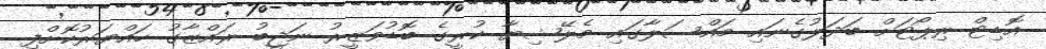
އޮޑިޓް ރިޕޯޓަށް ބަދަލުގެނައި މައްސަލާގައި މެލޭޝިޔާ ކުރީގެ ބޮޑުވަޒީރު ނަޖީބު ރައްޒާގު ހައްޔަރުކޮށްފި